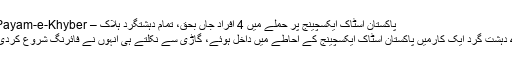
پاکستان اسٹاک ایکسچینج پر حملے میں 4 افراد جاں بحق، تمام دہشتگرد ہلاک – Payam-e-Khyber
4 دہشت گرد ایک کارمیں پاکستان اسٹاک ایکسچینج کے احاطے میں داخل ہوئے، گاڑی سے نکلتے ہی انہوں نے فائرنگ شروع کردی۔